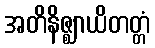
အတိနိဇ္ဈာယိတတ္တံ